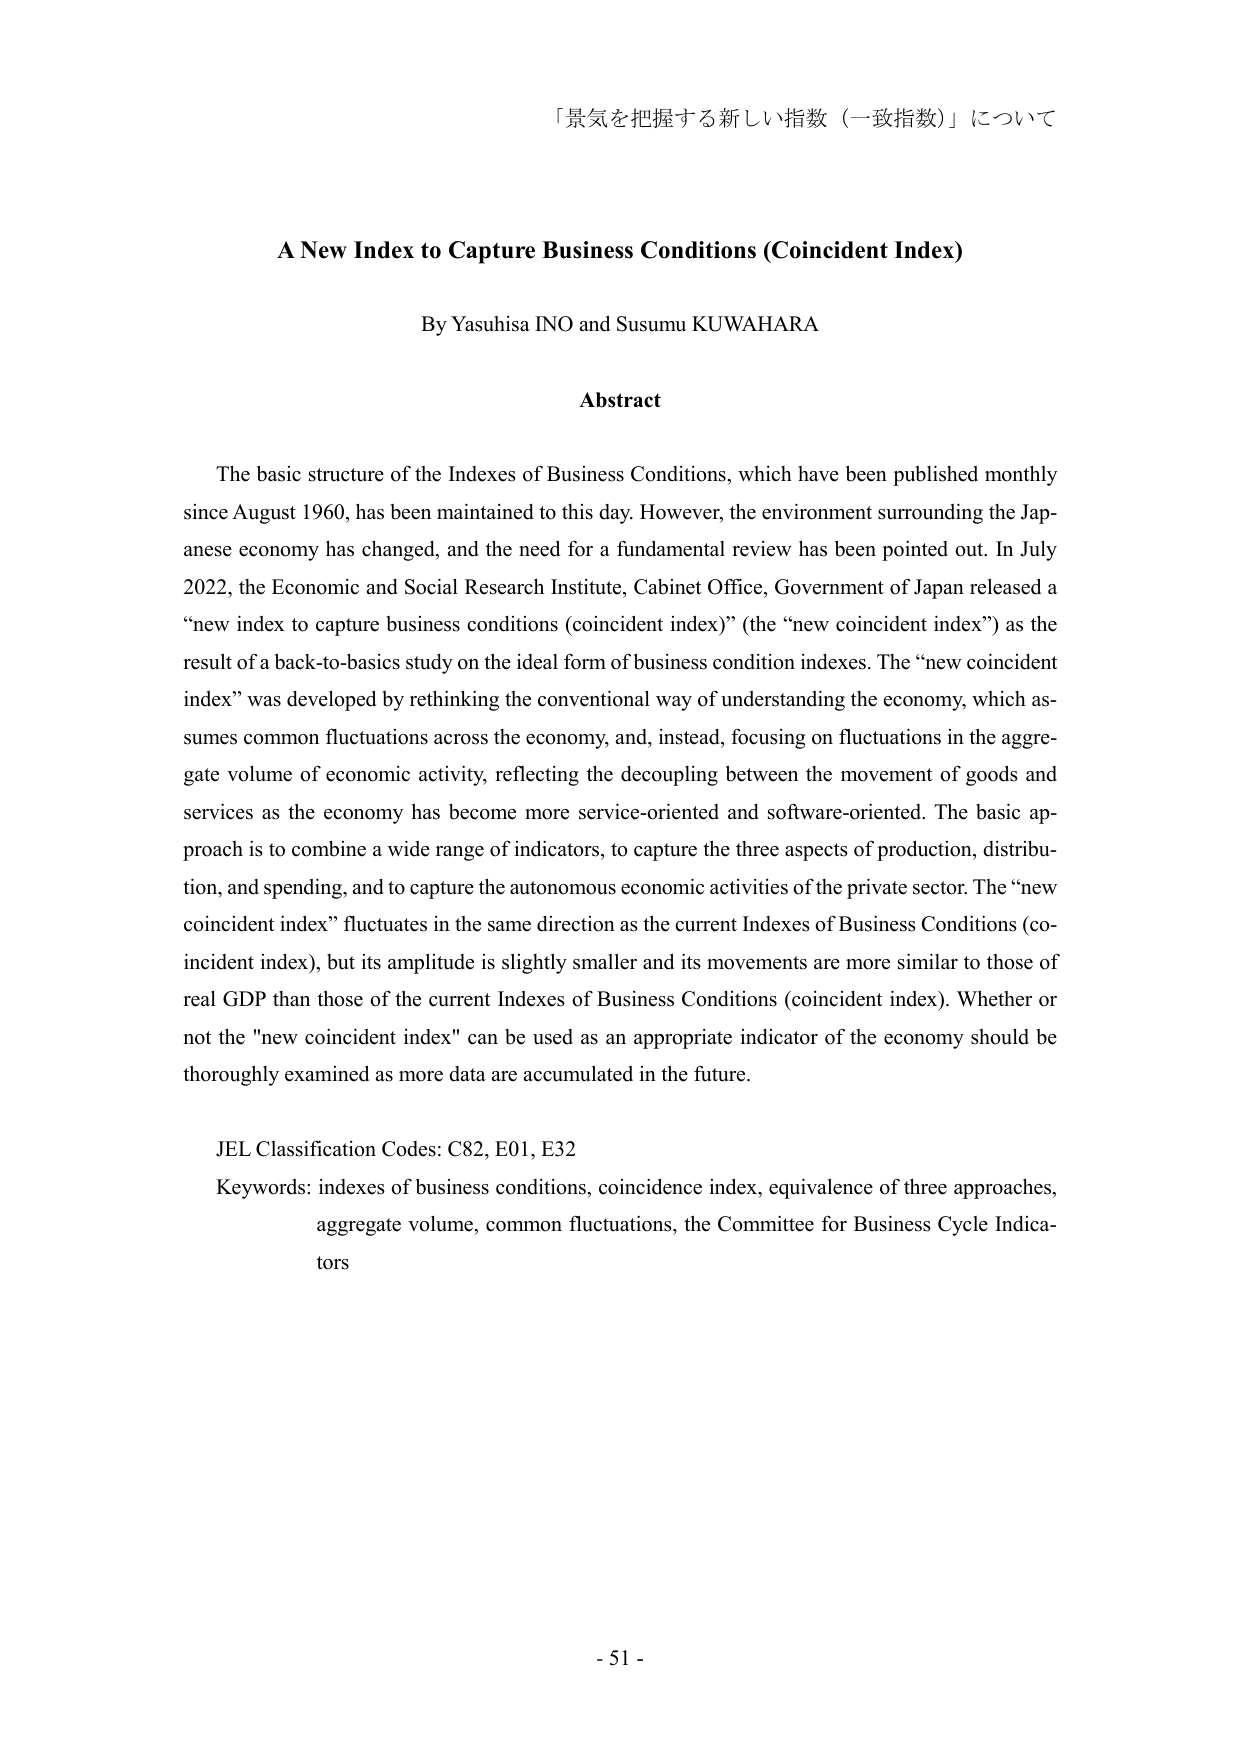
「景気を把握する新しい指数（一致指数）」について

A New Index to Capture Business Conditions (Coincident Index)

By Yasuhisa INO and Susumu KUWAHARA

Abstract

The basic structure of the Indexes of Business Conditions, which have been published monthly since August 1960, has been maintained to this day. However, the environment surrounding the Japanese economy has changed, and the need for a fundamental review has been pointed out. In July 2022, the Economic and Social Research Institute, Cabinet Office, Government of Japan released a “new index to capture business conditions (coincident index)” (the “new coincident index”) as the result of a back-to-basics study on the ideal form of business condition indexes. The “new coincident index” was developed by rethinking the conventional way of understanding the economy, which assumes common fluctuations across the economy, and, instead, focusing on fluctuations in the aggregate volume of economic activity, reflecting the decoupling between the movement of goods and services as the economy has become more service-oriented and software-oriented. The basic approach is to combine a wide range of indicators, to capture the three aspects of production, distribution, and spending, and to capture the autonomous economic activities of the private sector. The “new coincident index” fluctuates in the same direction as the current Indexes of Business Conditions (coincident index), but its amplitude is slightly smaller and its movements are more similar to those of real GDP than those of the current Indexes of Business Conditions (coincident index). Whether or not the "new coincident index" can be used as an appropriate indicator of the economy should be thoroughly examined as more data are accumulated in the future.

JEL Classification Codes: C82, E01, E32
Keywords: indexes of business conditions, coincidence index, equivalence of three approaches, aggregate volume, common fluctuations, the Committee for Business Cycle Indicators

- 51 -